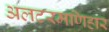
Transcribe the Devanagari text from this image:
अलटरमणिहार